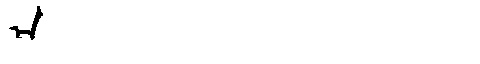
Manchu: ᡝᠨ
Romanization: EN